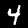
Digit: 4